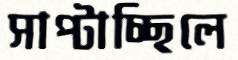
সাপ্‌টাচ্ছিলে